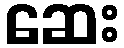
ဆေး